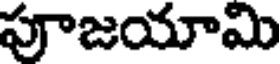
పూజయామి